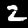
Digit: 2